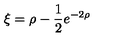
\xi = \rho - \frac { 1 } { 2 } e ^ { - 2 \rho }